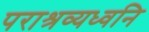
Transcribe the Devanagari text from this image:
पराश्रव्यध्वनि